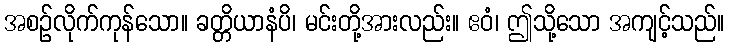
အစဉ်လိုက်ကုန်သော။ ခတ္တိယာနံပိ၊ မင်းတို့အားလည်း။ ဧဝံ၊ ဤသို့သော အကျင့်သည်။